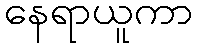
နေရာယူကာ